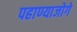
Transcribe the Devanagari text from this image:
पहाण्याजोगे